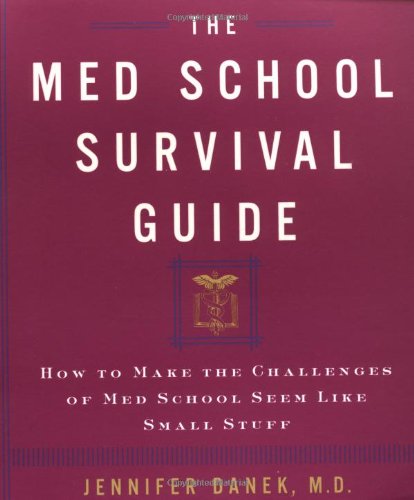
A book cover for The Med School Survival Guide : How to Make the Challenges of Med School Seem Like Small Stuff; Jennifer Danek M.D.; Test Preparation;